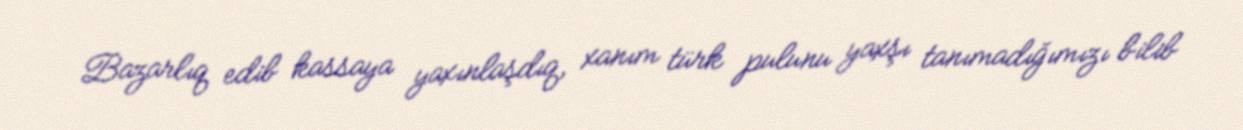
Bazarlıq edib kassaya yaxınlaşdıq, xanım türk pulunu yaxşı tanımadığımızı bilib